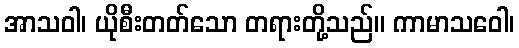
အာသဝါ၊ ယိုစီးတတ်သော တရားတို့သည်။ ကာမာသဝေါ၊